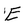
Character: E